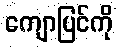
ကျောပြင်ကို